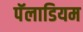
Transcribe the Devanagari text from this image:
पॅलाडियम